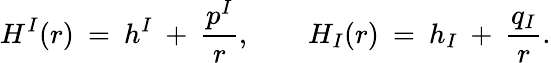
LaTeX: H^{I}(r)\: =\: h^{I}\: +\: \frac{p^{I}}{r},\qquad H_{I}(r)\: =\: h_{I}\: +\: \frac{q_{I}}{r}.